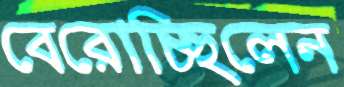
বেরোচ্ছিলেন